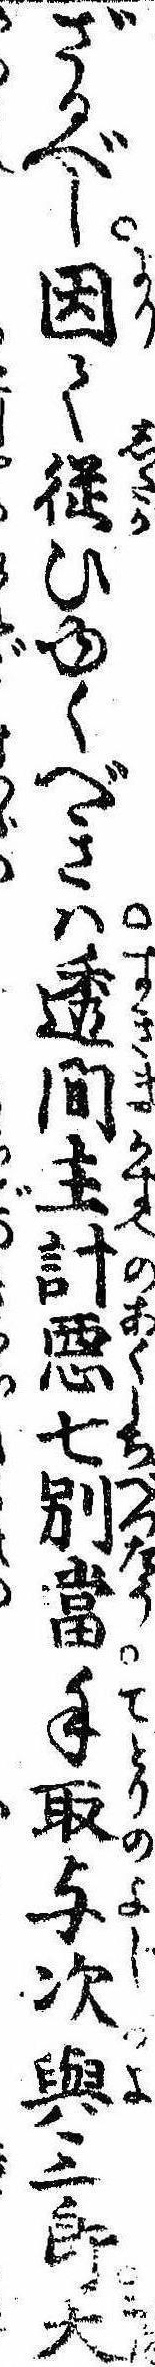
ざるべし因て従ひゆくべきは透間主計悪七別当手取与次与三郎大